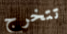
تتخرج